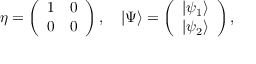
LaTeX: \eta = \left( \begin{array} { c c } { { 1 } } & { { 0 } } \\ { { 0 } } & { { 0 } } \end{array} \right) , \quad | \Psi \rangle = \left( \begin{array} { c } { { | \psi _ { 1 } \rangle } } \\ { { | \psi _ { 2 } \rangle } } \end{array} \right) ,